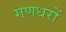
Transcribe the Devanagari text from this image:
गणधरों